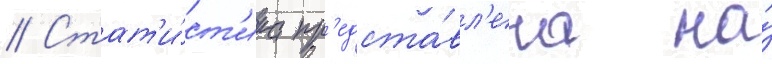
// Стат'и́ст'ика пр'едста́вл'ена на́